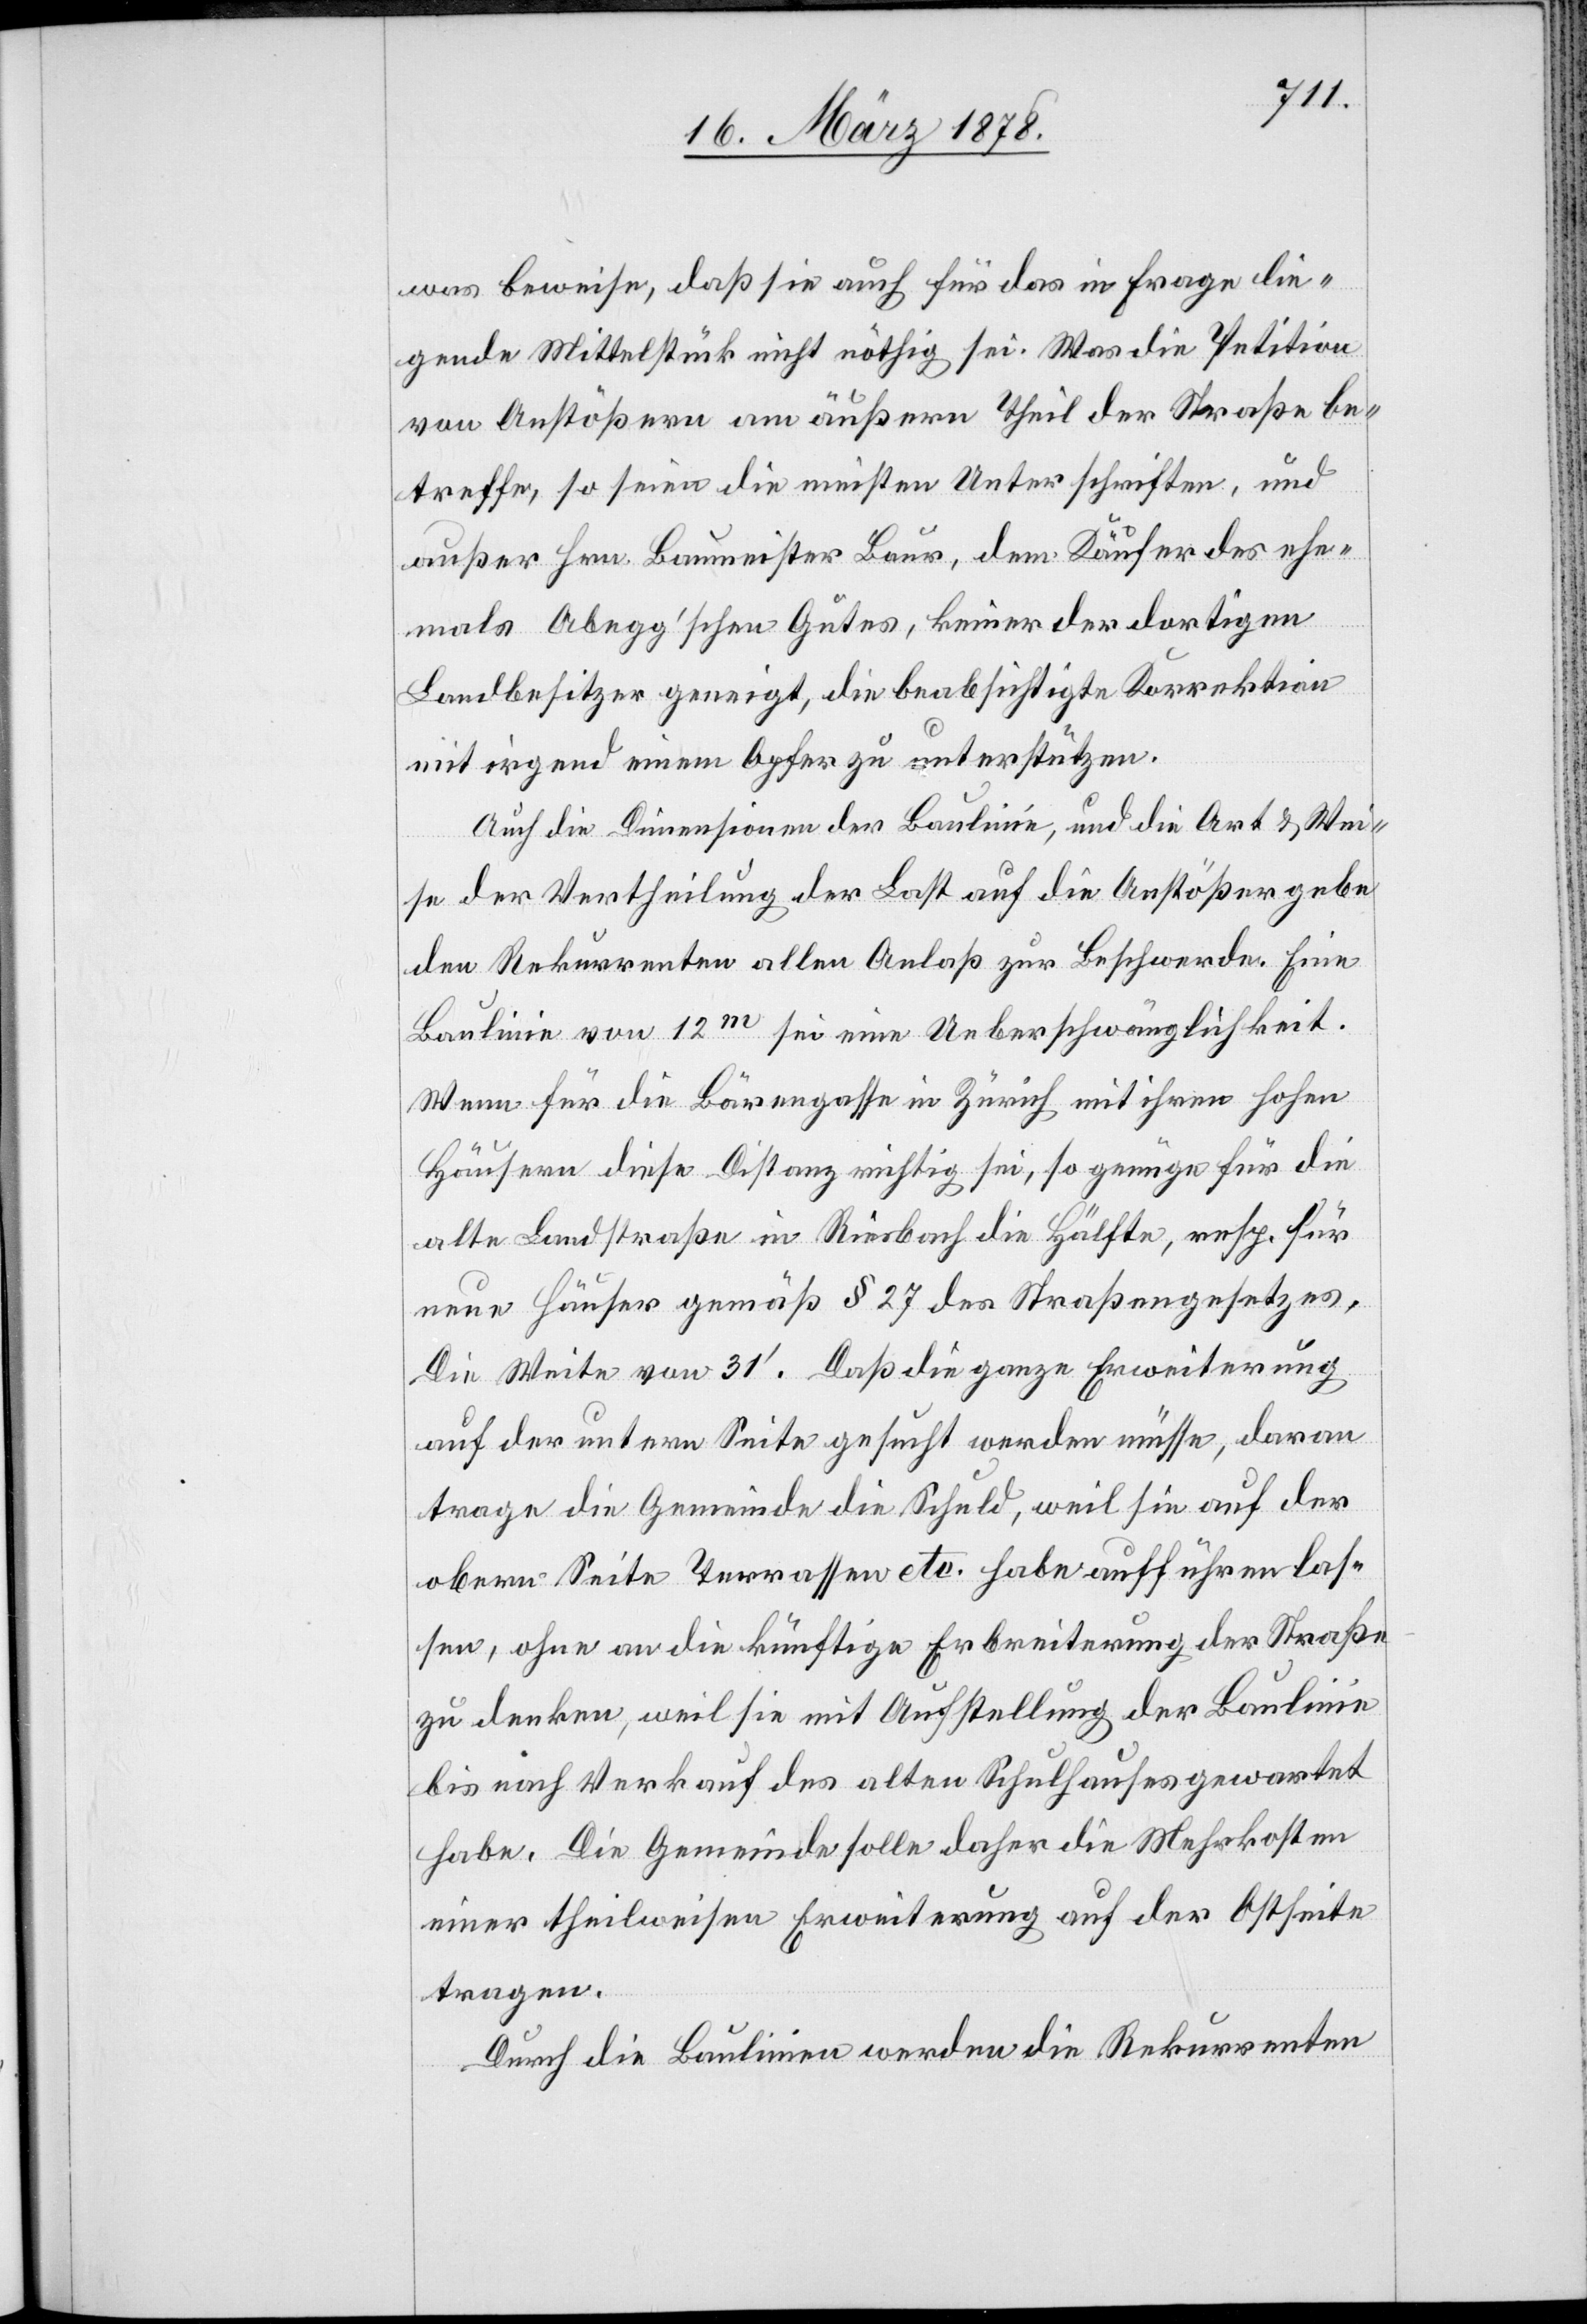
was beweise, daß sie auch für das in Frage lie¬
gende Mittelstück nicht nöthig sei. Was die Petition
von Anstößern am äußern Theil der Straße be¬
treffe, so seien die meisten Unterschriften, und
außer Hrn. Baumeister Baur, dem Käufer des ehe¬
mals Abegg’schen Gutes, keiner der dortigen
Landbesitzer geneigt, die beabsichtigte Korrektion
mit irgend einem Opfer zu unterstützen.
Auch die Dimensionen der Baulinie, und die Art & Wei¬
se der Vertheilung der Last auf die Anstößer gebe
den Rekurrenten allen Anlaß zur Beschwerde. Eine
Baulinie von 12m sei eine Ueberschwänglichkeit.
Wenn für die Bärengasse in Zürich mit ihren hohen
Häusern diese Distanz richtig sei, so genüge für die
alte Landstraße in Riesbach die Hälfte, resp. für
neue Häuser gemäß § 27 des Straßengesetzes,
die Weite von 31’. Daß die ganze Erweiterung
auf der untern Seite gesucht werden müsse, daran
trage die Gemeinde die Schuld, weil sie auf der
obern Seite Terrassen etc. habe aufführen las¬
sen, ohne an die künftige Erbreiterung der Straße
zu denken, weil sie mit Aufstellung der Baulinie
bis nach Verkauf des alten Schulhauses gewartet
habe. Die Gemeinde solle daher die Mehrkosten
einer theilweisen Erweiterung auf der Ostseite
tragen.
Durch die Baulinien werden die Rekurrenten